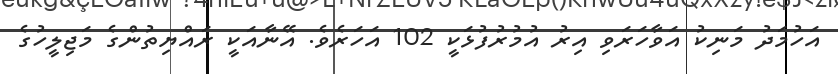
އަހުމަދު މަނިކު އަވާހަރަވި އިރު އުމުރުފުޅަކީ 102 އަހަރެވެ. އޭނާއަކީ ރައްޔިތުންގެ މަޖިލީހުގެ